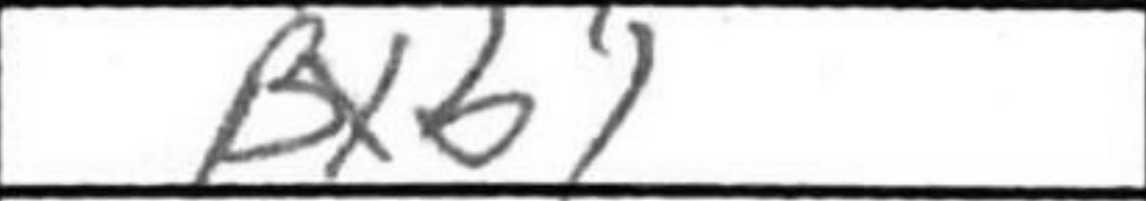
Transcription: Bxb1